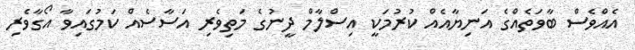
އެއްވެސް ބާވަތެއްގެ އަނިޔާއެއް ކުރުމަކީ އިސްލާމް ދީނުގެ މަތިވެރި އަސާސެއް ކަމުގައިވާ އޯގާވެރި